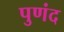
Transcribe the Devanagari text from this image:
पुणंद